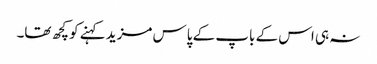
نہ ہی اس کے باپ کے پاس مزید کہنے کو کچھ تھا۔